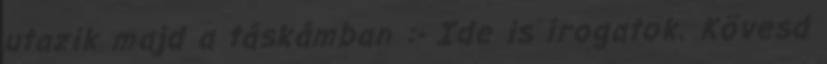
utazik majd a táskámban :- Ide is írogatok. Kövesd